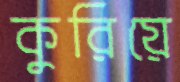
কুরিয়ে